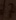
Text: 7